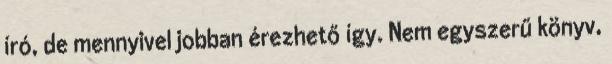
író, de mennyivel jobban érezhető így. Nem egyszerű könyv,